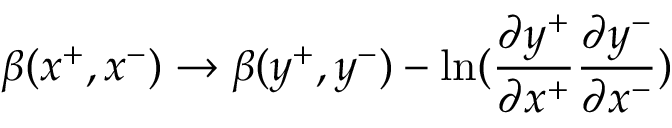
\beta ( x ^ { + } , x ^ { - } ) \rightarrow \beta ( y ^ { + } , y ^ { - } ) - \ln ( { \frac { \partial y ^ { + } } { \partial x ^ { + } } } { \frac { \partial y ^ { - } } { \partial x ^ { - } } } )